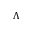
\Lambda